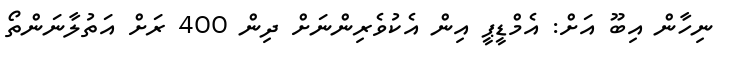
ނިހާން އިބޫ އަށް: އެމްޑީޕީ އިން އެކުވެރިންނަށް ދިން 400 ރަށް އަތުލާނަންތޯ